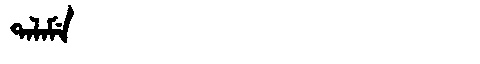
Manchu: ᡨᠠᠯᠠᠮᡝ
Romanization: TALAME